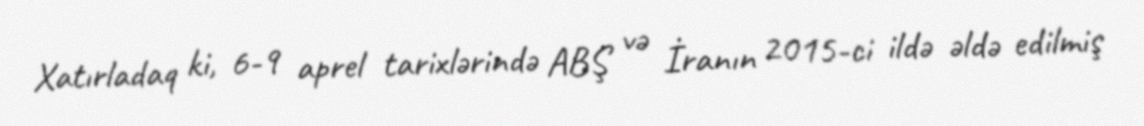
Xatırladaq ki, 6-9 aprel tarixlərində ABŞ və İranın 2015-ci ildə əldə edilmiş